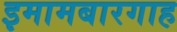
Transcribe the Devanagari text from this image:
इमामबारगाह